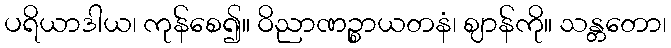
ပရိယာဒါယ၊ ကုန်စေ၍။ ဝိညာဏဉ္စာယတနံ၊ ဈာန်ကို။ သန္တတော၊